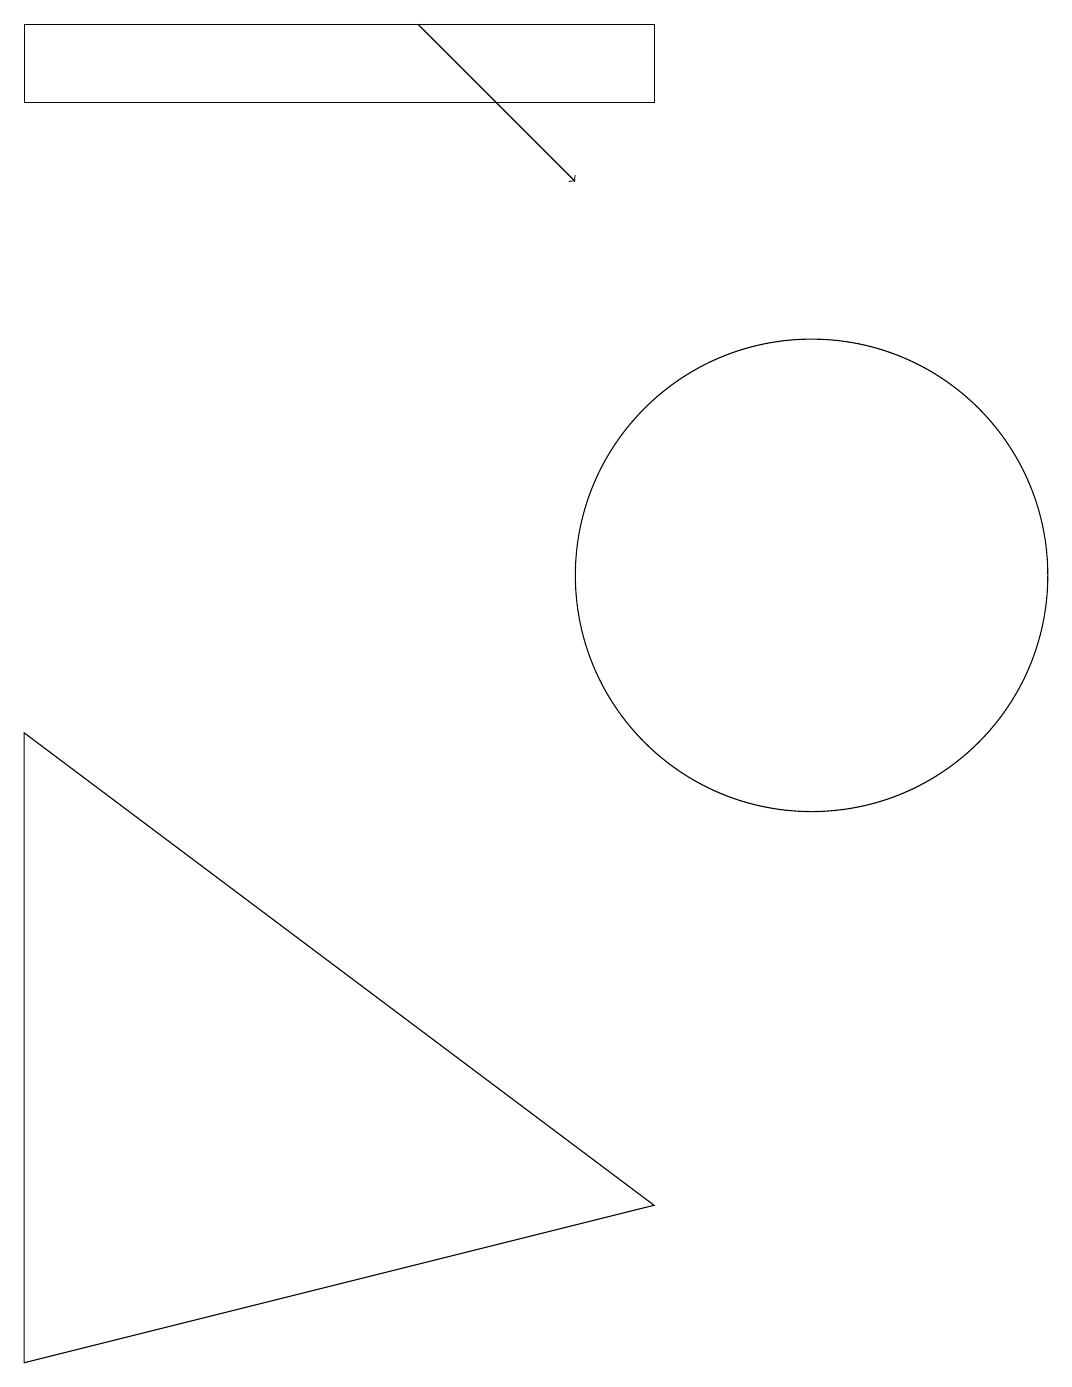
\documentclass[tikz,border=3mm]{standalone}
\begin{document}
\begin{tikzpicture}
\draw[->] (5,17) -- (7,15);
\draw (0,0) -- (8,2) -- (0,8) -- cycle;
\draw (10,10) circle (3);
\draw (8,16) rectangle (0,17);
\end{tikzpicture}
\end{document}